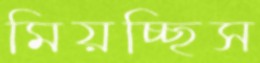
মিয়চ্ছিস